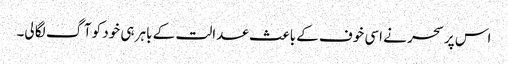
اس پر سحر نے اسی خوف کے باعث عدالت کے باہر ہی خود کو آگ لگا لی۔